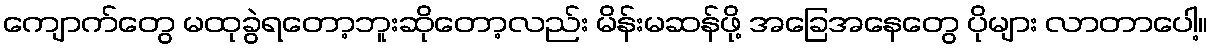
ကျောက်တွေ မထုခွဲရတော့ဘူးဆိုတော့လည်း မိန်းမဆန်ဖို့ အခြေအနေတွေ ပိုများ လာတာပေါ့။